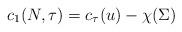
LaTeX: \begin{align*}c_1(N,\tau) = c_\tau(u) - \chi(\Sigma)\end{align*}